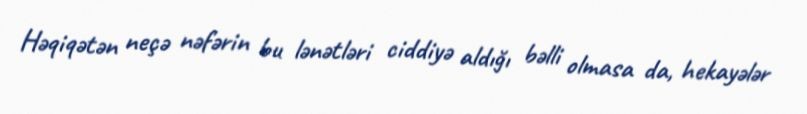
Həqiqətən neçə nəfərin bu lənətləri ciddiyə aldığı bəlli olmasa da, hekayələr